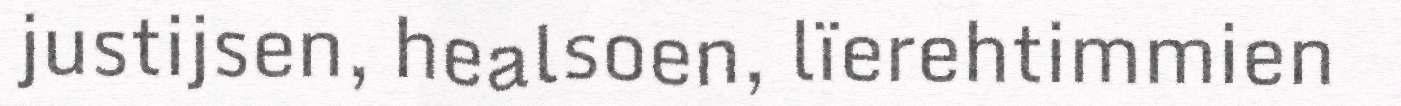
justijsen, healsoen, lïerehtimmien